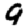
Digit: 9